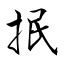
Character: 抿